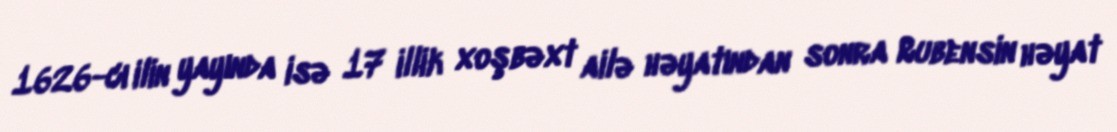
1626-cı ilin yayında isə 17 illik xoşbəxt ailə həyatından sonra Rubensin həyat